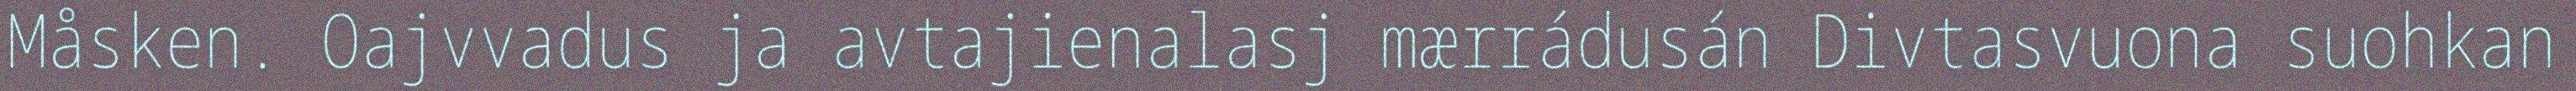
Måsken. Oajvvadus ja avtajienalasj mærrádusán Divtasvuona suohkan